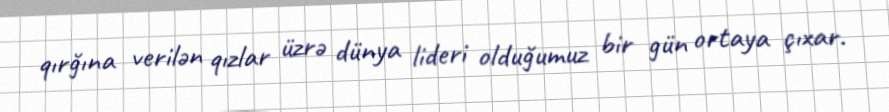
qırğına verilən qızlar üzrə dünya lideri olduğumuz bir gün ortaya çıxar.